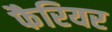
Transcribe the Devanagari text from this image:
फैरियर